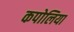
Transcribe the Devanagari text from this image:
कपोलिया